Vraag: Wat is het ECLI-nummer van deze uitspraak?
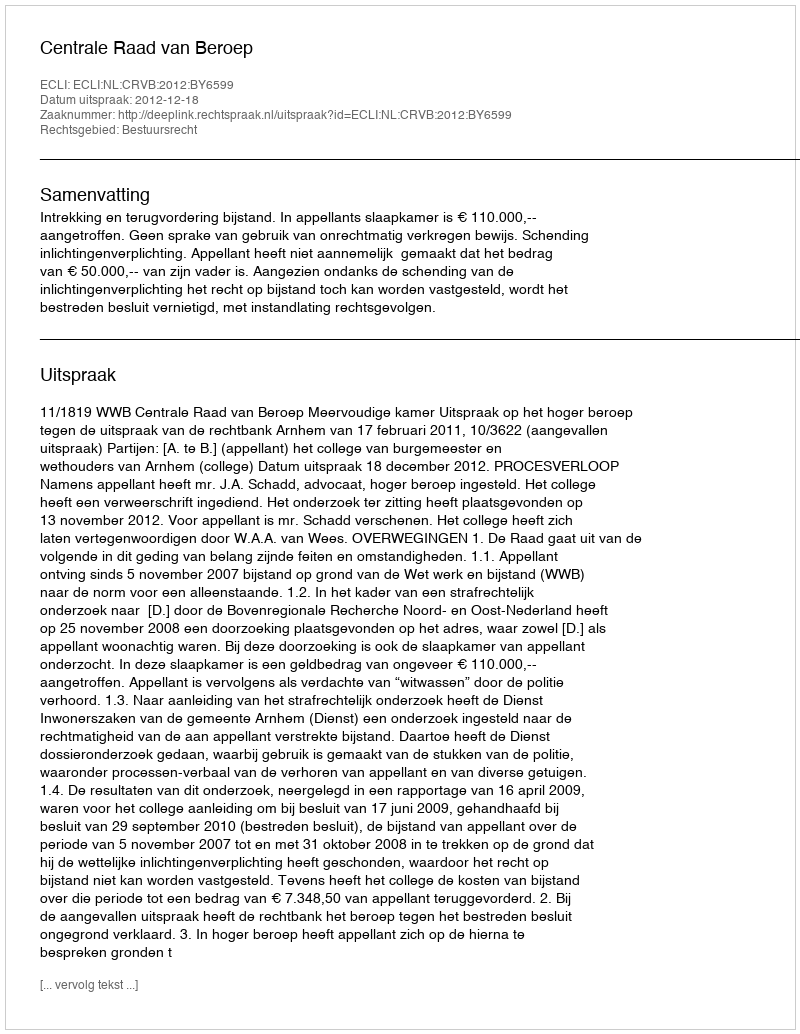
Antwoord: ECLI:NL:CRVB:2012:BY6599